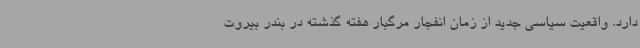
دارد. واقعیت سیاسی جدید از زمان انفجار مرگبار هفته گذشته در بندر بیروت